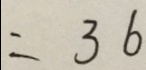
= 3 6